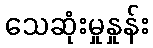
သေဆုံးမှုနှုန်း